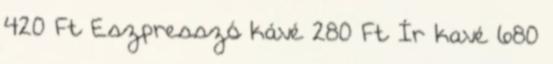
420 Ft Eszpresszó kávé 280 Ft Ír kavé 680